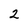
Character: 2